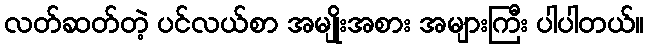
လတ်ဆတ်တဲ့ ပင်လယ်စာ အမျိုးအစား အများကြီး ပါပါတယ်။